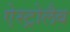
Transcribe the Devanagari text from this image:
ऐस्ट्रोलैब